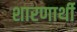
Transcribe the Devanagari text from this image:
शारणार्थी